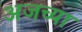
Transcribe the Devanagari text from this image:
अजच्या